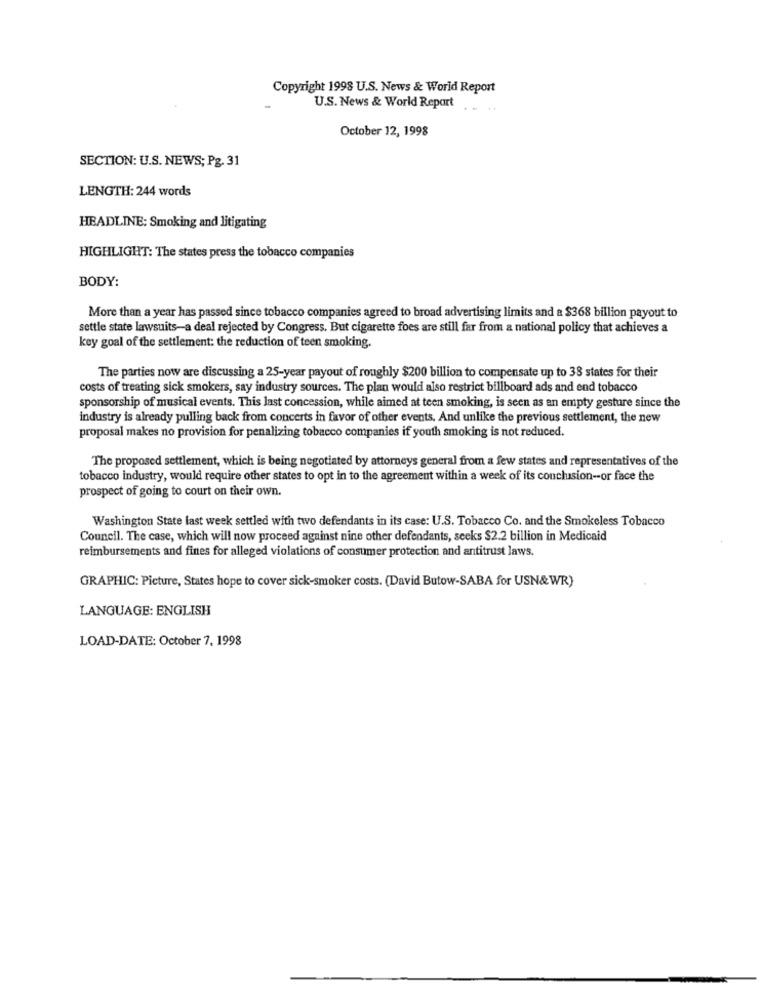
Copyright 1998 U.S. News & World Report
U.S. News & World Repart
October 12, 1998
SECTION: U.S. NEWS; Pg. 31
LENGTH: 244 words
HEADLINE: Smoking and litigating
HIGHLIGHT: The states press the tobacco companies
BODY:
More than a year has passed since tobacco companies agreed to broad advertising limits and a $368 billion payout to
settle state lawsuits-a deal rejected by Congress. But cigarette foes are still far from a national policy that achieves a
key goal of the settlement: the reduction of teen smoking.
The parties now are discussing a 25-year payout of roughly $200 billion to compensate up to 38 states for their
costs of treating sick smokers, say industry sources. The plan would also restrict billboard ads and end tobacco
sponsorship of musical events. This last concession, while aimed at teen smoking, is seen as an empty gesture since the
industry is already pulling back from concerts in favor of other events. And unlike the previous settlement, the new
proposal makes no provision for penalizing tobacco companies if youth smoking is not reduced.
The proposed settlement, which is being negotiated by attorneys general from a few states and representatives of the
tobacco industry, would require other states to opt in to the agreement within a week of its conclusion -- or face the
prospect of going to court on their own.
Washington State last week settled with two defendants in its case: U.S. Tobacco Co. and the Smokeless Tobacco
Council. The case, which will now proceed against nine other defendants, seeks $2.2 billion in Medicaid
reimbursements and fines for alleged violations of consumer protection and antitrust laws.
GRAPHIC: Picture, States hope to cover sick-smoker costs. (David Butow-SABA for USN&WR)
LANGUAGE: ENGLISH
LOAD-DATE: October 7, 1998